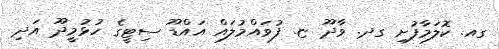
ގއ. ކޮލަމާފުށި ގދ. ވާދޫ ޏ. ފުވައްމުލައް އައްޑޫ ސިޓީގެ ހުޅުމީދޫ އަދި